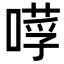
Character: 𠼼